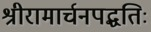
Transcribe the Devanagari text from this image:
श्रीरामार्चनपद्धतिः